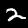
Label: 2